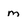
Character: m